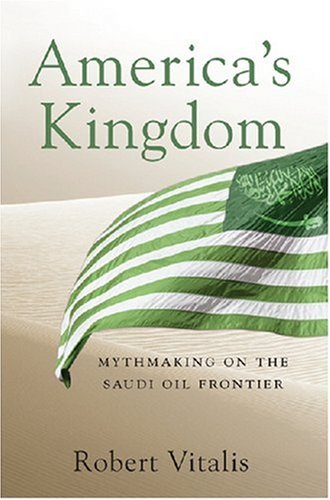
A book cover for America's Kingdom: Mythmaking on the Saudi Oil Frontier (Stanford Studies in Middle Eastern and I); Robert Vitalis; History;